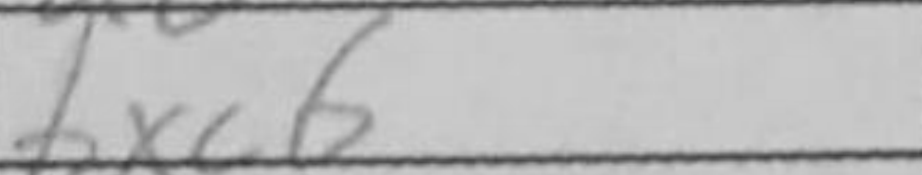
Transcription: bxc6